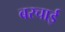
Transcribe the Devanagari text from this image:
बरचाई